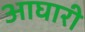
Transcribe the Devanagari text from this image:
आघारी